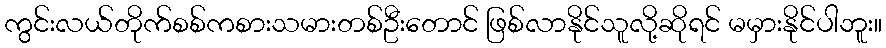
ကွင်းလယ်တိုက်စစ်ကစားသမားတစ်ဦးတောင် ဖြစ်လာနိုင်သူလို့ဆိုရင် မမှားနိုင်ပါဘူး။